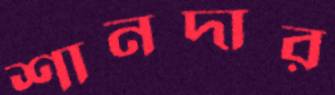
শানদার